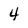
Character: 4